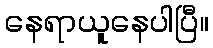
နေရာယူနေပါပြီ။